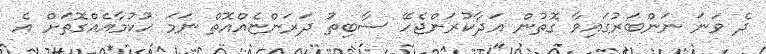
ދެ ވަނަ ނަންބަރުގައިވާ ގޮތުން އަދާކުރަންޖެހޭ ސާބިތު ދަރަންޏެއްއޮތް ނަމަ ހުކުމާއެއްގޮތަށް އެ